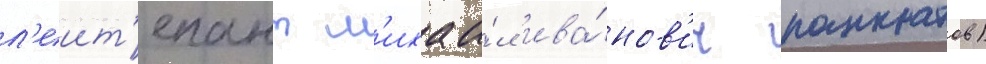
л'еит'енант м'ихаи́л ива́нов'ич панкратов)